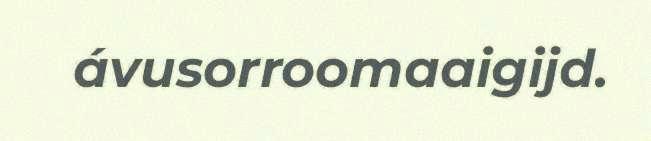
ávusorroomaaigijd.